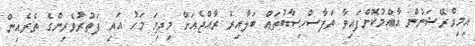
އިމިގްރޭޝަނުން އާއްމުކޮށްފައިވާ ތަފާސްހިސާބުތައް ބަލާއިރު ރާއްޖެއަށް މިދިޔަ މަހު އައި ފަތުރުވެރިންގެ ތެރެއިން